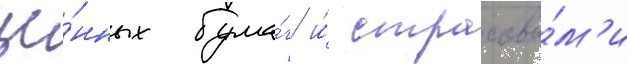
це́нных бума́г и́ страховы́м'и